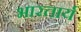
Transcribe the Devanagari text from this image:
भारतार्य